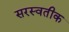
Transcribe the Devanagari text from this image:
सरस्वतीक